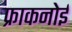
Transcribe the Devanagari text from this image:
फ्राकनोई